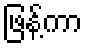
ဖြန့်ကာ